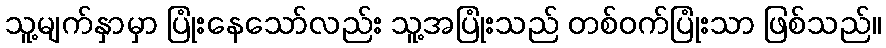
သူ့မျက်နှာမှာ ပြုံးနေသော်လည်း သူ့အပြုံးသည် တစ်ဝက်ပြုံးသာ ဖြစ်သည်။